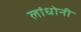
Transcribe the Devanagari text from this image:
लांधोनी